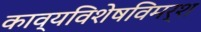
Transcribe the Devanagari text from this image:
काव्यविशेषविमर्श